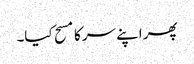
پھر اپنے سر کا مسح کیا۔